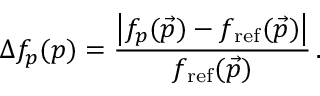
\Delta f _ { p } ( \boldsymbol { p } ) = \frac { \left| f _ { p } ( \vec { p } ) - f _ { \mathrm { r e f } } ( \vec { p } ) \right| } { f _ { \mathrm { r e f } } ( \vec { p } ) } \, .